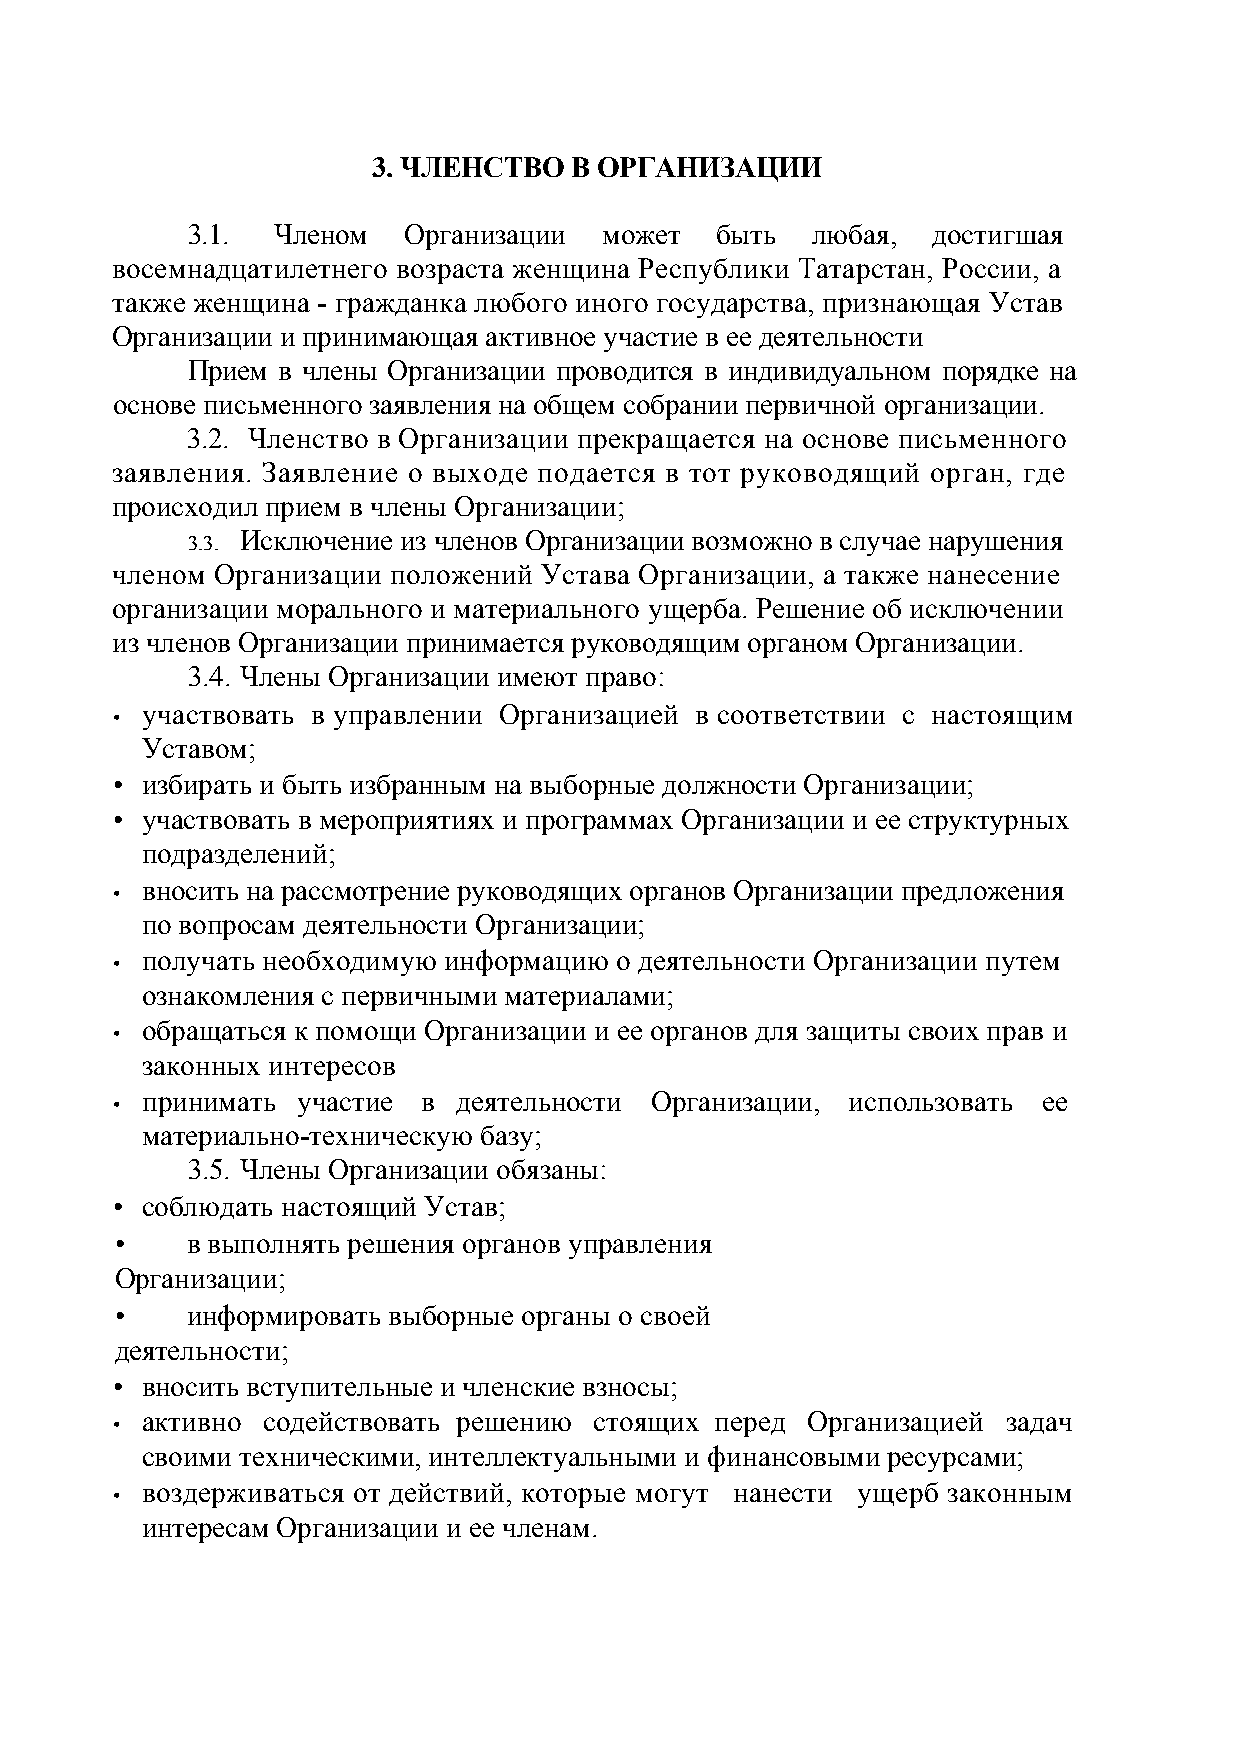
3. ЧЛЕНСТВО  В ОРГАНИЗАЦИИ
 3.1.  Членом   Организации  может  быть   любая,  достигшая
 восемнадцатилетнего возраста женщина Республики Татарстан, России, а
 также женщина - гражданка любого иного государства, признающая Устав
 Организации и принимающая активное участие в ее деятельности
 Прием в члены Организации проводится в индивидуальном порядке на
 основе письменного заявления на общем собрании первичной организации.
 3.2. Членство в Организации прекращается на основе письменного
 заявления. Заявление о выходе подается в тот руководящий орган, где
 происходил прием в члены Организации;
 Исключение из членов Организации возможно в случае нарушения
 3.3.
 членом Организации положений Устава Организации, а также нанесение
 организации морального и материального ущерба. Решение об исключении
 из членов Организации принимается руководящим органом Организации.
 3.4. Члены Организации имеют право:
 участвовать в управлении Организацией в соответствии с настоящим
 •
 Уставом;
 • избирать и быть избранным на выборные должности Организации;
 • участвовать в мероприятиях и программах Организации и ее структурных
 подразделений;
 вносить на рассмотрение руководящих органов Организации предложения
 •
 по вопросам деятельности Организации;
 получать необходимую информацию о деятельности Организации путем
 •
 ознакомления с первичными материалами;
 обращаться к помощи Организации и ее органов для защиты своих прав и
 •
 законных интересов
 принимать  участие в деятельности Организации, использовать ее
 •
 материально-техническую базу;
 3.5. Члены Организации обязаны:
 • соблюдать настоящий Устав;
 •   в выполнять решения органов управления
 Организации;
 •   информировать выборные органы о своей
 деятельности;
 • вносить вступительные и членские взносы;
 активно содействовать решению стоящих перед Организацией  задач
 •
 своими техническими, интеллектуальными и финансовыми ресурсами;
 воздерживаться от действий, которые могут нанести ущерб законным
 •
 интересам Организации и ее членам.